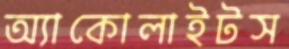
অ্যাকোলাইটস